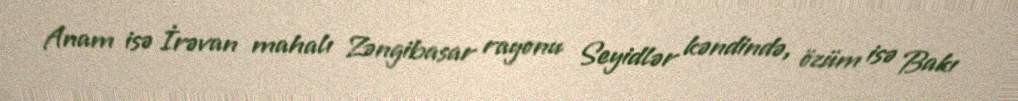
Anam isə İrəvan mahalı Zəngibasar rayonu Seyidlər kəndində, özüm isə Bakı